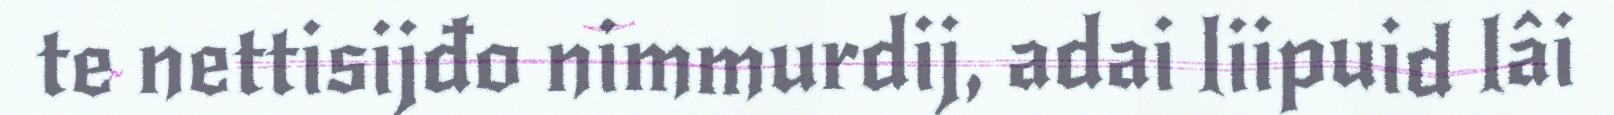
te nettisijđo nimmurdij, adai liipuid lâi